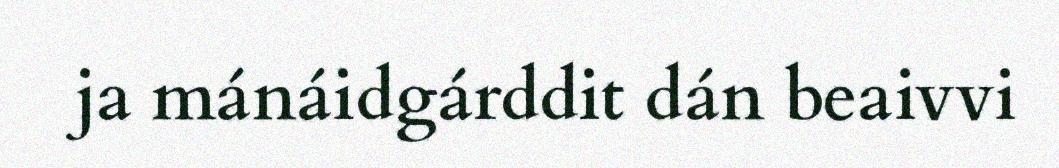
ja mánáidgárddit dán beaivvi